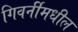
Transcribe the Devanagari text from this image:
गिवर्नीमधील